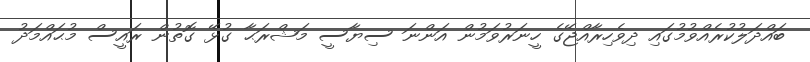
ބައްދަލުކުރެއްވުމުގައި ދިވެހިރާއްޖޭގެ ހީނަރުވަމުން އަންނަ ސިޔާސީ މަޝްރަޙާ ގުޅޭ ގޮތުން ރައީސް މުޙައްމަދު